Annual report on the working of the mental hospitals in the Madras Presidency - 1912-1932
Year: 1912
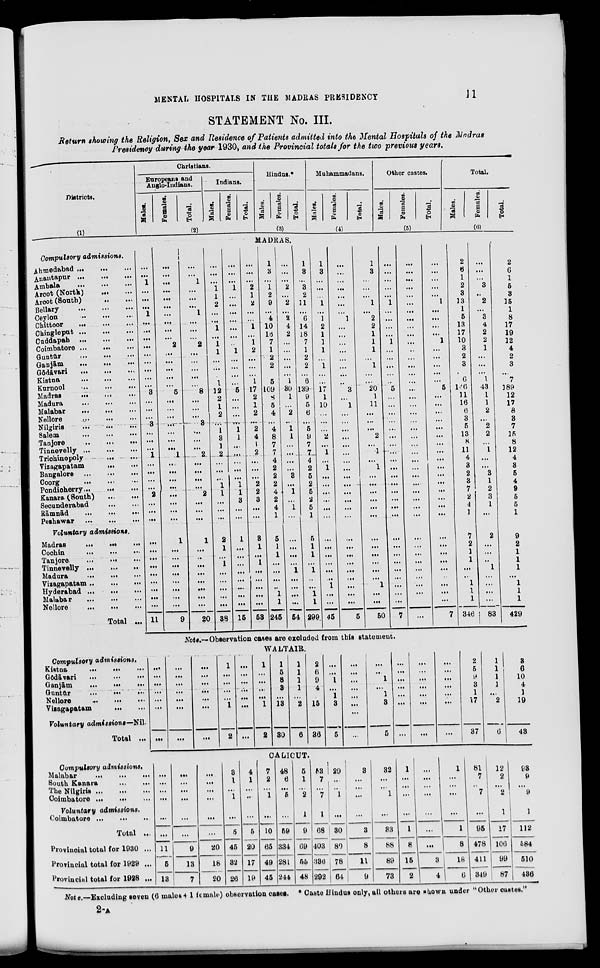
MENTAL HOSPITALS IN THE MADRAS PRESIDENCY
11
STATEMENT No. III.
Return showing the Religion, Sex and Residence of Patients admitted into the Mental Hospitals of the Madras
Presidency during the year 1930, and the Provincial totals for the two previous
years.
Districts.
(1)
Compulsory
admissions.
Ahmedabad
...
...
...
Anantapur ...
...
...
Ambala
...
...
...
Arcot (North)
...
...
Arcot (South)
...
...
Bellary
...
...
...
Ceylon
...
...
...
Chittoor
...
...
...
Chingleput ...
...
...
Caddapah ...
...
...
Coimbatore ...
... ...
Guntūr
... ... ...
Ganjām
...
...
...
Gōdāvari
...
...
...
Kistna
...
... ...
Kurnool
...
...
...
Madras
...
...
...
Madura
...
...
...
Malabar
...
...
...
Nellore
...
...
...
Nilgiris
...
...
...
Salem
...
...
...
Tanjore
...
...
...
Tinnevelly ... ... ...
Trichinopoly
... ...
Vizagapatam
...
...
Bangalore
...
...
...
Coorg
...
...
...
Pondicherry ... ... ...
Kanara (South) ... ... ...
Secunderabad
...
...
...
Rāmnād
...
...
...
Peshawar
...
...
...
Voluntary
admissions.
Madras
...
...
...
Cochin
...
...
...
Tanjore
...
...
...
Tinnevelly ...
...
...
Madura
...
...
...
Vizagapatam
...
...
...
Hyderabad ...
...
Malabar
...
...
Nellore
...
...
...
Total ...
Christians.
Europeans and
Anglo-Indians.
Males.
Females.
Total.
Indians.
Males.
Females.
Total.
(2)
Hindus.*
Males.
Females.
Total.
(3)
Muhammadans.
Males.
Females.
Total.
(4)
Other castes.
Males.
Females.
Total.
(5)
Total.
Males.
Females.
Total.
(6)
MADRAS.
...
...
1
...
...
...
1
...
...
...
...
...
...
...
...
...
3
...
...
...
3
...
...
...
1
...
...
...
...
2
...
...
...
...
...
...
...
...
...
...
...
...
11
...
...
...
...
...
...
...
...
...
...
2
...
...
...
...
...
5
...
...
...
...
...
...
...
1
...
...
...
...
...
...
...
...
1
...
...
...
...
...
...
...
...
9
...
...
1
...
...
...
1
...
...
...
2
...
...
...
...
. ...
8
...
...
...
3
...
...
...
2
...
...
...
...
2
...
...
...
1
...
...
...
...
...
...
...
...
20
...
...
...
1
1
2
...
...
1
...
1
1
...
...
...
1
12
2
1
2
...
1
3
1
2
...
...
...
1
1
...
...
...
2
1
...
1
...
...
...
...
...
38
...
...
...
1
...
...
...
...
...
...
...
1
...
...
...
...
5
...
...
...
...
1
1
...
...
...
...
...
1
1
3
...
...
1
...
...
...
...
...
...
...
...
15
...
...
...
2
1
2
...
...
1
...
1
2
...
...
...
1
17
2
1
2
...
2
4
1
2
...
...
...
2
2
3
...
...
3
1
...
1
...
...
...
...
...
53
1
3
...
1
2
9
...
4
10
16
7
1
2
2
...
5
109
8
5
4
...
4
8
7
7
4
2
2
2
4
2
4
1
5
1
1
...
...
...
...
1
1
245
...
...
...
2
...
2
...
2
4
2
...
...
...
...
...
1
30
1
...
2
...
1
1
...
...
...
...
3
...
1
...
1
...
...
...
...
...
1
...
...
...
...
54
1
3
...
3
2
11
...
6
14
18
7
1
2
2
...
6
139
9
5
6
...
5
9
7
7
4
2
5
2
5
2
5
1
5
1
1
...
1
...
...
1
1
299
1
3
...
...
...
1
...
1
2
1
1
1
...
1
...
...
17
1
10
...
...
...
2
...
1
...
1
...
...
...
...
...
...
...
...
...
...
...
...
1
...
...
45
...
...
...
...
...
...
...
1
...
...
...
...
...
...
...
...
3
...
1
...
...
...
...
...
...
...
...
...
...
...
...
...
...
...
...
...
...
...
...
...
...
...
5
1
3
...
...
...
1
...
2
2
1
1
1
...
1
...
...
20
1
11
...
...
...
2
...
1
...
1
...
...
...
...
...
...
...
...
...
...
...
...
1
...
...
50
...
...
...
...
...
1
...
...
...
...
1
...
...
...
...
...
5
...
...
...
...
...
...
...
...
...
...
...
...
...
...
...
...
...
...
...
...
...
...
...
...
...
7
...
...
...
...
...
...
...
...
...
...
...
..
...
...
...
...
...
...
...
...
...
...
...
...
...
...
...
...
...
...
...
...
...
...
...
...
...
...
...
...
...
...
...
...
...
...
...
...
1
...
...
...
...
1
...
...
...
...
...
5
...
...
...
...
...
...
...
...
...
...
...
...
...
...
...
...
...
...
...
...
...
...
...
...
...
7
2
6
1
2
3
13
1
5
13
17
10
3
2
3
...
6
146
11
16
6
3
5
13
8
11
4
3
2
3
7
2
4
1
7
2
1
1
...
...
1
1
1
346
...
...
...
3
...
2
...
3
4
2
2
1
...
...
...
1
43
1
1
2
...
2
2
...
1
...
...
3
1
2
3
1
...
2
...
...
...
1
...
...
...
...
83
2
6
1
5
3
15
1
8
17
19
12
4
2
3
...
7
189
12
17
8
3
7
15
8
12
4
3
5
4
9
5
5
1
9
2
1
1
1
...
1
1
1
429
Note.—Observation cases are excluded from this statement.
Compulsory
admissions.
Kistna
...
...
...
Godāvari
...
...
...
Ganjām
...
...
...
Guntūr
...
...
...
Nellore
...
...
...
Vizagapatam
...
...
Voluntary admissions— Nil.
Total ...
Compulsory admissions.
Malabar
...
...
...
South Kanara
...
...
The Nilgiris ... ... ...
Coimbatore
...
...
...
Voluntary
admissions.
Coimbatore
...
...
...
Total ...
Provincial total for 1930 ...
Provincial total for 1929 ...
Provincial total for 1928 ...
WALTAIR.
...
...
...
...
...
...
...
...
...
...
...
...
...
...
...
...
...
...
...
...
...
1
...
...
...
...
1
2
...
...
...
...
...
...
...
1
...
...
...
...
1
2
1
5
8
3
...
13
30
1
1
1
1
...
2
6
2
6
9
4
...
15
36
...
...
1
...
1
3
5
...
...
...
...
...
...
...
...
...
1
...
1
3
5
...
...
...
...
...
...
...
...
...
...
...
...
...
...
...
...
...
...
...
...
...
2
5
9
3
1
17
37
1
1
1
1
...
2
6
3
6
10
4
1
19
43
CALICUT.
...
...
...
...
...
...
11
5
13
...
...
...
...
...
...
9
13
7
...
...
...
...
...
...
20
18
20
3
1
...
1
...
5
45
32
26
4
1
...
...
...
5
20
17
19
7
2
...
1
...
10
65
49
45
48
6
...
5
...
59
334
281
244
5
1
...
2
1
9
69
55
48
53
7
...
7
1
68
403
386
292
29
...
...
1
...
30
80
78
64
3
...
...
...
...
3
8
11
9
32
...
...
1
...
33
88
89
73
1
...
...
...
...
1
8
15
2
...
...
...
...
...
...
...
3
4
1
...
...
...
...
1
8
18
6
81
7
...
7
...
95
478
411
349
12
2
...
2
1
17
106
99
87
93
9
...
9
1
112
584
510
436
Note.—Excluding seven (6 males + 1 female) observation cases. * Caste Hindus only, all others are shown under "Other castes."
2-A